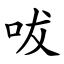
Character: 㕹